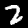
Digit: 2